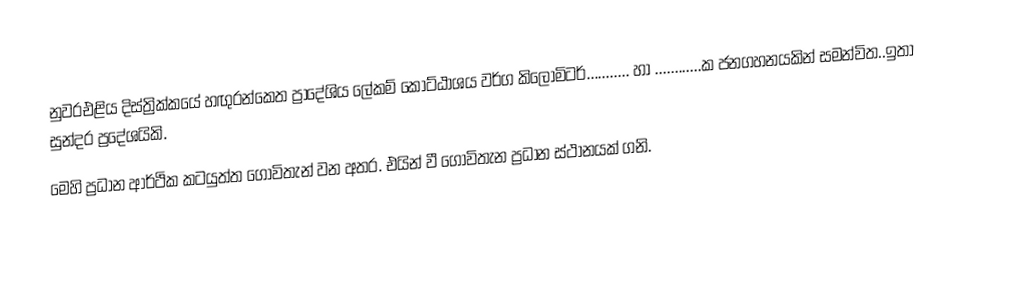
නුවරඑළිය දිස්ත්‍රික්කයේ හඟුරන්කෙත ප්‍රාදේශිය ලේකම් කොට්ඨාශය වර්ග කිලෝමිටර්........... හා ............ක ජනගහනයකින් සමන්විත..ඉතා සුන්දර ප්‍රදේශයිකි.
මෙහි ප්‍රධාන ආර්ථික කටයුත්ත ගොවිතැන් වන අතර. එයින් වී ගොවිතැන ප්‍රධාන ස්ථානයක් ගනි.